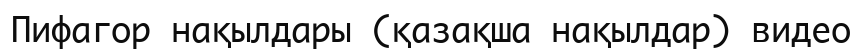
Пифагор нақылдары (қазақша нақылдар) видео